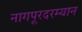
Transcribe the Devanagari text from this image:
नागपूरदरम्यान